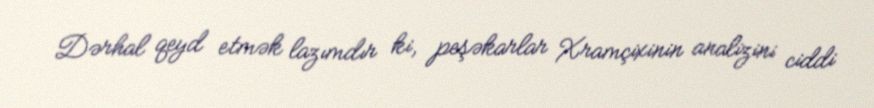
Dərhal qeyd etmək lazımdır ki, peşəkarlar Xramçixinin analizini ciddi